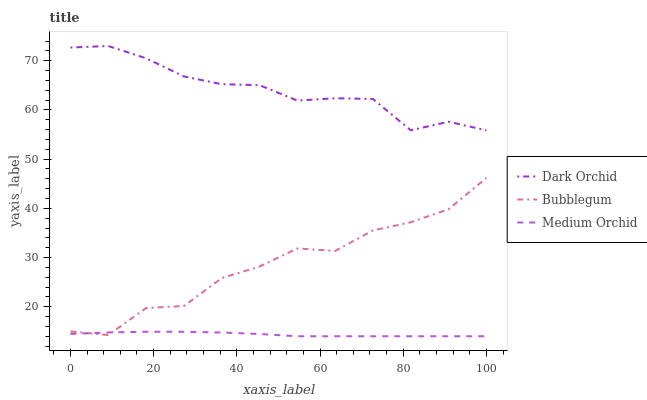
| xaxis_label | Dark Orchid | Bubblegum | Medium Orchid |
 | --- | --- | --- | --- |
 | 0 | 72.7 | 15 | 14.5 |
 | 9.09 | 73 | 14.2 | 14.8 |
 | 18.2 | 70.5 | 19.7 | 14.9 |
 | 27.3 | 66.8 | 20.1 | 14.9 |
 | 36.4 | 65.2 | 25.8 | 14.8 |
 | 45.5 | 65 | 28.2 | 14.5 |
 | 54.5 | 61.9 | 31.9 | 14 |
 | 63.6 | 62.4 | 31.3 | 14 |
 | 72.7 | 62.2 | 35.5 | 14 |
 | 81.8 | 55.9 | 37.2 | 14 |
 | 90.9 | 57.6 | 39.8 | 14 |
 | 100 | 55.9 | 46.2 | 14 |